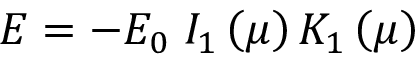
E = - E _ { 0 } \; I _ { 1 } \left( \mu \right) K _ { 1 } \left( \mu \right)